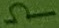
Text: Ω